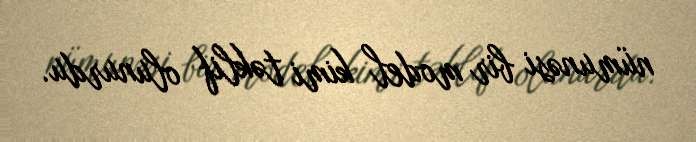
nümunəsi bir model kimi təklif olunurdu.